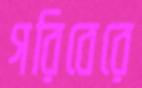
গরিবেরে